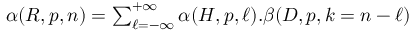
\begin{array} { r } { \alpha ( R , p , n ) = \sum _ { \ell = - \infty } ^ { + \infty } \alpha ( H , p , \ell ) . \beta ( D , p , k = n - \ell ) } \end{array}